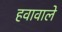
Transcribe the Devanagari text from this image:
हवावाले